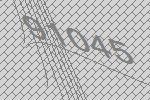
91045